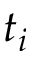
t _ { i }